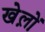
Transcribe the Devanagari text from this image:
खेल़ो़ं